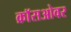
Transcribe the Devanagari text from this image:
क्राॅसओवर